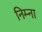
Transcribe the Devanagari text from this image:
निम्ना